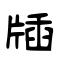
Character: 牐